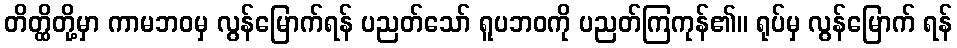
တိတ္ထိတို့မှာ ကာမဘဝမှ လွန်မြောက်ရန် ပညတ်သော် ရူပဘဝကို ပညတ်ကြကုန်၏။ ရုပ်မှ လွန်မြောက် ရန်